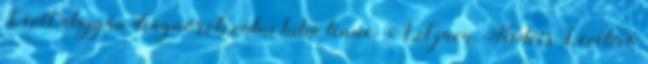
Levél alapján diagnosztizálni hiba lenne. Azt java. Kedves Levélíró